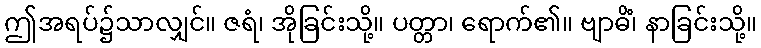
ဤအရပ်၌သာလျှင်။ ဇရံ၊ အိုခြင်းသို့။ ပတ္တာ၊ ရောက်၏။ ဗျာဓိံ၊ နာခြင်းသို့။